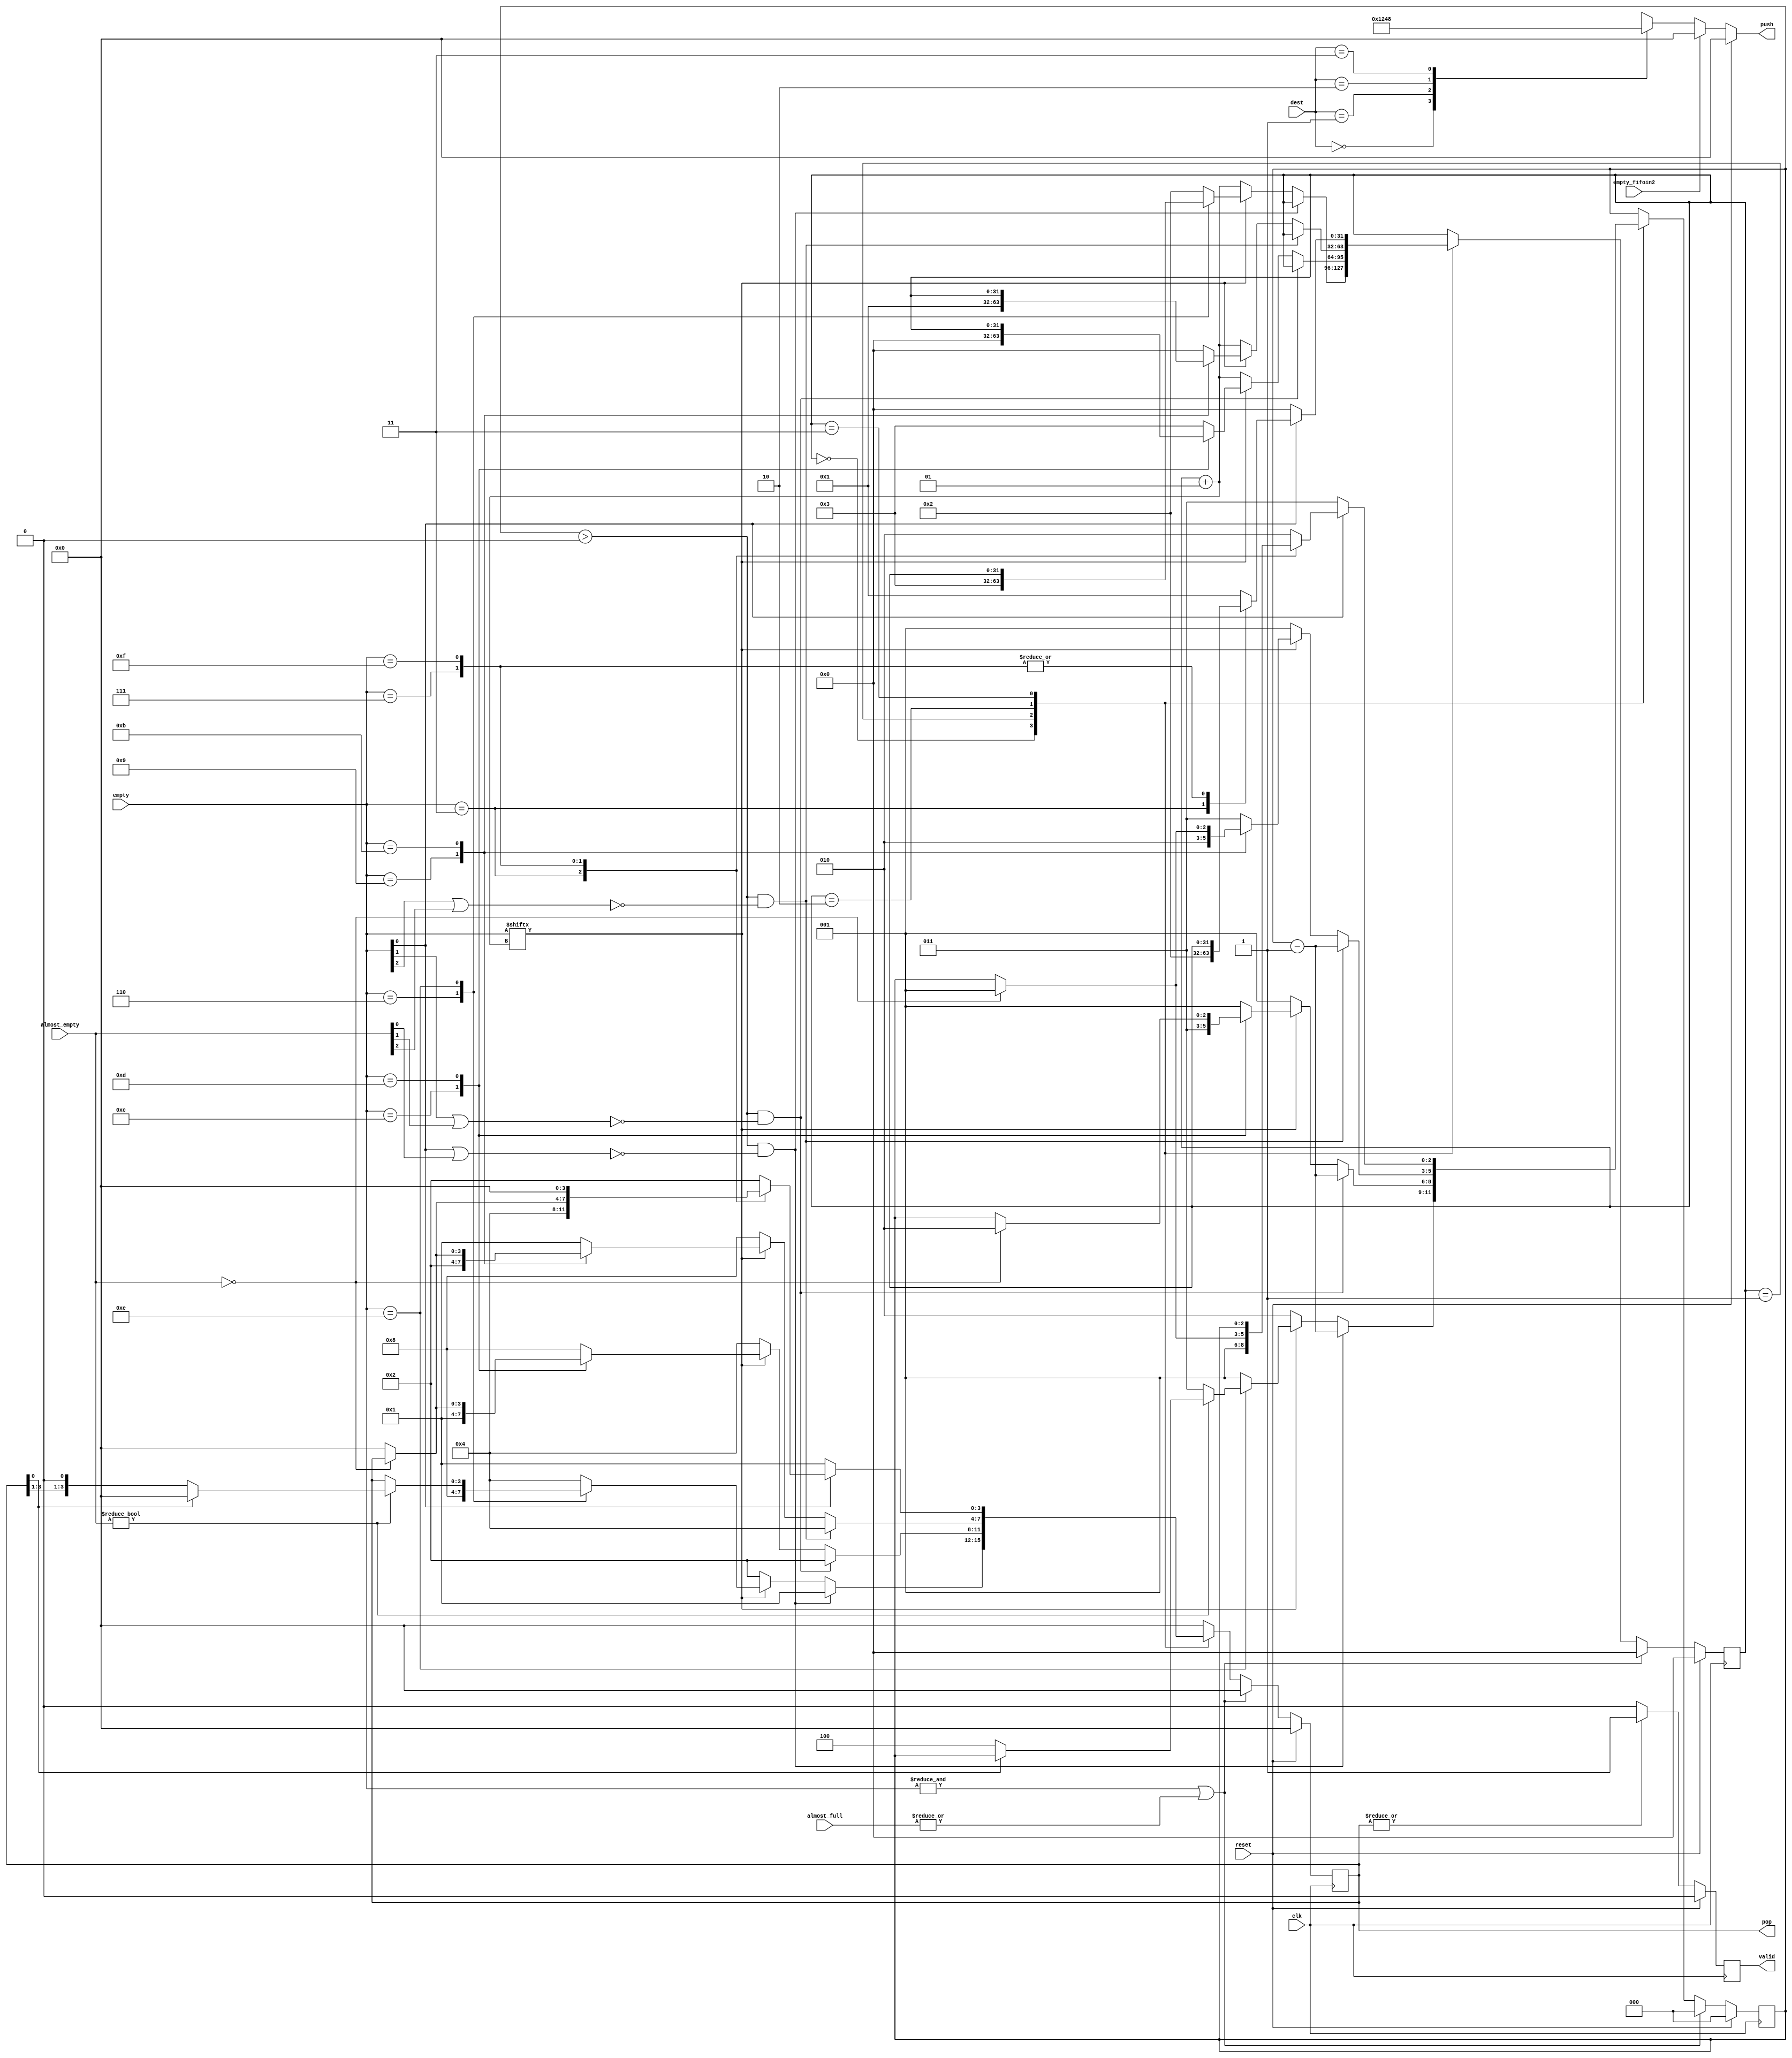
module arbitro1 (
    input clk, reset,
    input [1:0] dest,
    input [3:0] almost_full, empty,  // probablemente se deba usar almost_empty por retardos
    input [3:0] almost_empty,
    input empty_fifoin2,
    output reg [3:0] push, pop,
    output reg valid
);

// Pesos para prioridad de cada FIFO al que se hace pop
parameter WEIGHT_P0 = 4; 
parameter WEIGHT_P1 = 3;   
parameter WEIGHT_P2 = 2;
parameter WEIGHT_P3 = 1;   

reg [2:0] peso;
wire [3:0] empty_almost;

assign empty_almost[0] = (empty[0] || almost_empty[0]);
assign empty_almost[1] = (empty[1] || almost_empty[1]);
assign empty_almost[2] = (empty[2] || almost_empty[2]);
assign empty_almost[3] = (empty[3] || almost_empty[3]);

always @(*) begin
    if (reset) push <= 0;
    // case para push
    else if (!empty_fifoin2)  
        begin                        
            case (dest)
            0: push <= 4'b0001;
            1: push <= 4'b0010; 
            2: push <= 4'b0100;
            3: push <= 4'b1000;
            default: push <= 4'b0000;
            endcase
    end else push <= 0;
end

integer i = 0;
always @(posedge clk)begin
    if (reset) begin
        pop <= 0; //push <= 0;
        i <= 0; peso <= 0;
        valid <= 0;
    end
    
    else begin
        if (|pop) valid <= 1;   
        else valid <= 0;
        // No pop ni push si todos los transmisores empty o un receptor almost_full
        if (&empty || |almost_full) begin   
            pop <= 0;
            i <= 0; peso <= 0;
        end else begin
            case (i) 
                // Case prioridad pop P0
                0:begin  // Pop 4 veces o la cantidad de palabras si son menos de 4
                    if (peso > 0 && !empty_almost[0]) begin
                        pop <= 4'b0001;
                        peso <= peso-1;
                    end else begin
                        // Pasar a siguiente fifo 
                        if (empty[i+1]) begin 
                            case (empty)
                                4'b0110: begin
                                    i <= 3;
                                    peso <= WEIGHT_P3;
                                    pop <= 4'b1000;
                                end
                                4'b1110: begin //agregar a todos
                                    if (almost_empty) begin
                                        if (pop[0]) pop <= 0;  // resto de fifos vacos y este por vaciarse
                                        else peso <= WEIGHT_P0;  // comienzan los pops
                                    end else peso <= WEIGHT_P0-1;  // no est por vaciarse
                                end
                                default: begin
                                    i <= 2;
                                    peso <= WEIGHT_P2-1;
                                    pop <= 4'b0100;
                                end
                            endcase  
                        end else begin
                            i++;
                            peso <= WEIGHT_P1-1;
                            pop <= 4'b0010;
                        end 
                    end
                end
                // Case prioridad pop P1
                1:begin  // Pop 3 veces o la cantidad de palabras si son menos de 3
                    if (peso > 0 && !empty_almost[1]) begin
                        pop <= 4'b0010;
                        peso <= peso-1;
                    end else begin
                        // Pasar a siguiente fifo    0100, 1100, 1101
                        if (empty[i+1]) begin
                            case (empty)
                                4'b1100: begin
                                    i <= 0;
                                    peso <= WEIGHT_P0-1;
                                    pop <= 4'b0001;
                                end
                                4'b1101: begin
                                    if (!almost_empty) peso <= WEIGHT_P1-1;  // el resto de fifos vacos
                                else pop <= 0;  // resto de fifos vacos y este por vaciarse
                                end //peso <= WEIGHT_P1-1;
                                default: begin      // siguiente fifo est vaco
                                    i <= 3;
                                    peso <= WEIGHT_P3;
                                    pop <= 4'b1000;
                                end
                            endcase  
                        end else begin
                            i++;
                            peso <= WEIGHT_P2-1;
                            pop <= 4'b0100;
                        end 
                    end                 
                end
                // Case prioridad pop P2
                2:begin  // Pop 2 veces o la cantidad de palabras si son menos de 2
                    if (peso > 0 && !empty_almost[2]) begin  //  1000, 1001, 1011, 
                        pop <= 4'b0100;
                        peso <= peso-1;
                    end else begin

                        // Pasar a siguiente fifo 
                        if (empty[i+1]) begin
                            case (empty)
                                4'b1001: begin
                                    i <= 1;
                                    peso <= WEIGHT_P1-1;
                                    pop <= 4'b0010;
                                end
                                4'b1011: begin
                                    if (!almost_empty) peso <= WEIGHT_P2-1;  // el resto de fifos vacos
                                else pop <= 0;  // resto de fifos vacos y este por vaciarse
                                end
                                 //peso <= WEIGHT_P2-1;
                                default: begin
                                    i <= 0;
                                    peso <= WEIGHT_P0-1;
                                    pop <= 4'b0001;
                                end
                            endcase  
                        end else begin
                            i++;
                            peso <= WEIGHT_P3;
                            pop <= 4'b1000;
                        end 
                    end
                end
                // Case prioridad pop P3
                3:begin  // Pop 1 vez (se hace cuando se cambia al fifo)
                    // Pasar a siguiente fifo     
                    if (empty[0]) begin
                        case (empty)
                            4'b0011: begin         // prximos dos fifos vacos
                                i <= 2;
                                peso <= WEIGHT_P2-1;
                                pop <= 4'b0100;
                            end
                            4'b0111: begin
                                if (!almost_empty) peso <= WEIGHT_P3;  // el resto de fifos vacos
                                else pop <= 0; // resto de fifos vacos y este por vaciarse
                            end
                            4'b1111: pop <= 0;
                            default: begin          
                                i <= 1;
                                peso <= WEIGHT_P1-1;
                                pop <= 4'b0010;
                            end
                        endcase  
                    end else begin
                        i <= 0;                    // siguiente fifo no est vaco
                        peso <= WEIGHT_P0-1;
                        pop <= 4'b0001;
                    end      
                end 
                default: pop <= 4'b0000; 
            endcase
        end
        
    end  
end
endmodule